Medical and sanitary report of the native army of Bengal for the year
Year: 1874
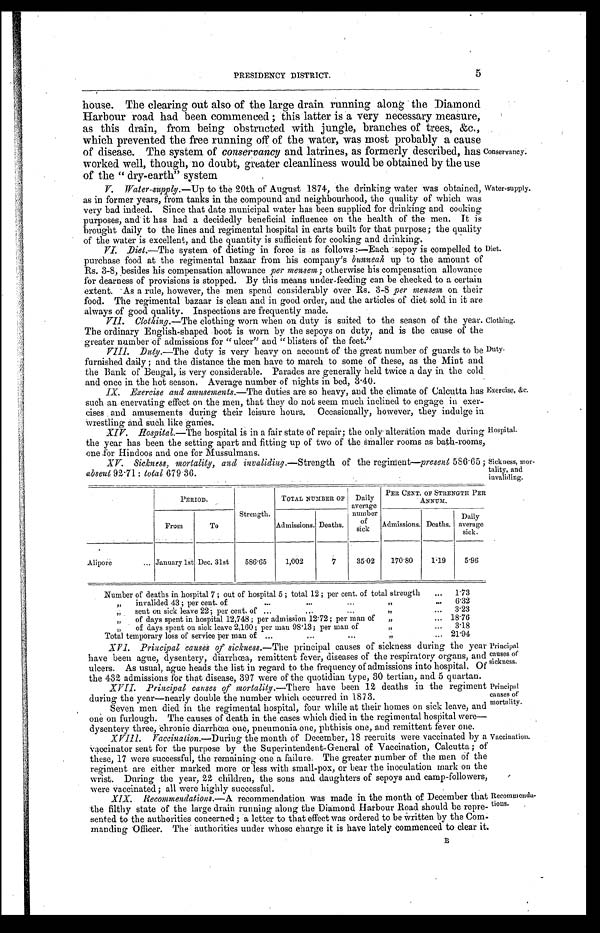
Clothing.
Duty.
Principal
causes of
sickness.
Principal
causes of
mortality.
5
PRESIDENCY DISTRICT.
house. The clearing out also of the large drain running along the Diamond
Harbour road had been commenced; this latter is a very necessary measure;
as this drain, from being obstructed with jungle, branches of trees, &c.,
which prevented the free running off of the water, was most probably a cause
of disease. The system of conservancy and latrines, as formerly described, has
worked well, though, no doubt, greater cleanliness would be obtained by the use
o f t h e " d r y - e a r t h " s y s t e m
Conservancy:
V. Water-supply .—Up to the 20th of August 1874, the drinking water was obtained,
as in former years, from tanks in the compound and neighbourhood, the quality of which was
very bad indeed. Since that date municipal water has been supplied for drinking and cooking
purposes, and it has had a decidedly beneficial influence on the health of the men. It is
brought daily to the lines and regimental hospital in carts built for that purpose; the quality
of the water is excellent, and the quantity is sufficient for cooking and drinking.
VI . Di et . — T h e
s y s t e m o f d i e t i n g f o r c e i s a s f o l l o w s : — E a c h s e p o y i s c o m p e l l e d t o
purchase food at the regimental bazaar from his company's bunneah up to the amount of
Rs. 3-8, besides his compensation allowance per mensem; otherwise his compensation allowance
for dearness of provisions is stopped. By this means under-feeding can be checked to a certain
extent. As a rule, however, the men spend considerably over Rs. 3-8 per mensem on their
food. The regimental bazaar is clean and in good order, and the articles of diet sold in it are
always of good quality. Inspections are frequently made.
VI I . Cl ot hi ng. —Th e cl ot hi ng wor n when on dut y i s s ui t ed t o t he s eas on of t he year .
The ordinary English-shaped boot is worn by the sepoys on duty, and is the cause of the
greater number of admissions for "ulcer" and "blisters of the feet."
VIII. Duty .—The duty is very heavy on account of the great number of guards to be
furnished daily; and the distance the men have to march to some of these, as the Mint and
the Bank of Bengal, is very considerable. Parades are generally held twice a day in the cold
and once in the hot season. Average number of nights in bed, 3.40.
Water-supply.
Diet.
Exercise, &c.
IX. Exercise and amusements .—The duties are so heavy, and the climate of Calcutta has
such an enervating effect on the men, that they do not seem much inclined to engage in exer
-
cises and amusements during their leisure hours. Occasionally, however, they indulge in
wrestling and such like games.
XIV. Hospital .—The hospital is in a fair state of repair; the only-alteration made during
the year has been the setting apart and fitting up of two of the smaller rooms as bath-rooms,
o n e f o r H i n d o o s a n d o n e f o r M u s s u l m a n s .
Hospital.
XV. Sickness, mortality, and invaliding .—Strength of the regiment—present 586.65;
absent 92.71: total 679.36.
Sickness, mor
-
tality, and
invaliding.
PERIOD.
Strength.
TOTAL NUMBER OF Daily
average
number
of
sick
PER CENT. OF STRENGTH PER
ANNUM.
From
To
Admissions. Deaths.
Admissions. Deaths.
Daily
average
sick.
Alipore . . . January 1st Dec. 31st
586.65
1,002
7
35.02
170.80
1.19
5.96
Number of deaths in hospital 7; out of hospital 5; total 12; per cent. of total strength . . .
1.73
" i n v a l i d e d 4 3 ; p e r c e n t . o f . . . " . . .
6.32
sent on sick leave 22; per cent. of . . . " . . .
3.23
" of days spent in hospital 12,748; per admission 12.72; per man of " . . .
18.76
" o f d a y s s p e n t o n s i c k l e a v e 2 , 1 6 0 ; p e r m a u 9 8 . 1 3 ; p e r m a n o f " . . .
3.18
Total temporary loss of service Per man of . . .
21.94
XVI. Principal causes of sickness .—The principal causes of sickness during the year
have been ague, dysentery, diarrhœa, remittent fever, diseases of the respiratory organs, and
ulcers. As usual, ague heads the list in regard to the frequency of admissions into hospital. Of
the 432 admissions for that disease, 397 were of the quotidian type, 30 tertian, and 5 quartan
.
XVII. Principal causes of mortality .—There have been 12 deaths in the regiment
during the year—nearly double the number which occurred in 1873.
Seven men died in the regimental hospital, four while at their homes on sick leave, and
one on furlough. The causes of death in the cases which died in the regimental hospital were
—
dysentery three, chronic diarrhœa one, pneumonia one, phthisis one, and remittent fever one.
Vaccination.
Recommenda-
tions.
XVIII.
Vaccination .—During the month of December, 18 recruits were vaccinated by a
vaccinator sent for the purpose by the Superintendent-General of Vaccination, Calcutta; of
these, 17 were successful, the remaining one a failure. The greater number of the men of the
regiment are either marked more or less with small-pox, or bear the inoculation mark on the
wrist. During the year, 22 children, the sons and daughters of sepoys and camp-followers,
were, v a c c i n a t e d ; a l l w e r e h i g h l y s u c c e s s f u l .
XIX. Recommendations.— A recommendation was made in the month of December that
the filthy state of the large drain running along the Diamond Harbour Road should be repre
-
sented to the authorities concerned; a letter to that effect was ordered to be Written by the Com
-
manding Officer. The authorities under whose eharge it is have lately commenced to clear it.